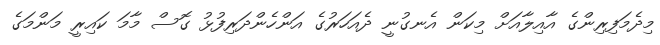
މިދެމަފިރިންގެ އާއިލާއަށް މިކަން އެނގުނީ ދެއަހަރުގެ އަންހެންދަރިފުޅު ގޮސް މާމަ ކައިރީ މަންމަގެ